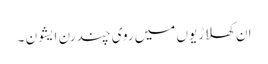
ان کھلاڑیوں میں روی چندرن ایشون ۔